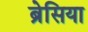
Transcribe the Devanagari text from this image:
ब्रेसिया